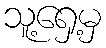
သူ့ရှေ့မှ